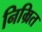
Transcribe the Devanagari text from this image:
निम्रित